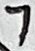
Text: 7